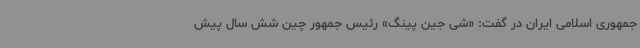
جمهوری اسلامی ایران در گفت: «شی جین پینگ» رئیس جمهور چین شش سال پیش